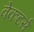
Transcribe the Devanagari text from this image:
वेकटर्स